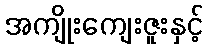
အကျိုးကျေးဇူးနှင့်